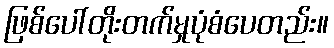
ဖြစ်ပေါ်တိုးတက်မှုပုံစံပေတည်း။